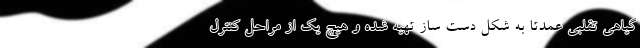
گیاهی تقلبی عمدتاً به شکل دست ساز تهیه شده و هیچ یک از مراحل کنترل